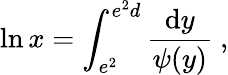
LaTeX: \ln x=\int_{e^{2}}^{e^{2}d}\frac{\mathrm{d}y}{\psi(y)}~,